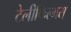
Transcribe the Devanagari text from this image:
टेलीफिल्मस्